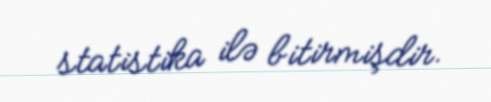
statistika ilə bitirmişdir.